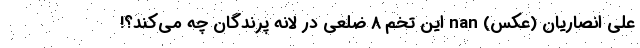
علی انصاریان (عکس) nan این تخم 8 ضلعی در لانه پرندگان چه می‌کند؟!